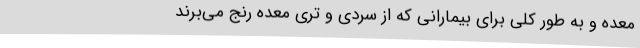
معده و به طور کلی برای بیمارانی که از سردی و تری معده رنج می‌برند